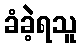
ခံခဲ့ရသူ